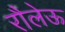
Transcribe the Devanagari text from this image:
रौलेऊ